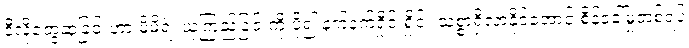
ဒီလိုတွေ့ဆုံခြင်းဟာ မိမိရဲ့ ယုံကြည်ခြင်းကို ပို၍ နက်နက်ရှိုင်းရှိုင်း သစ္စာရှိလာနိုင်အောင် စိန်ခေါ်မှုတစ်ရပ်